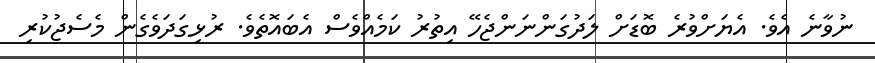
ނުވާނެ އެވެ. އެޔަށްވުރެ ބޮޑަށް ލަދުގަންނަންޖެހޭ އިތުރު ކަމެއްވެސް އެބައޮތެވެ. ރުޅިގަދަވެގެން މެސެޖުކުރި